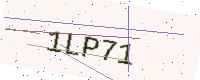
Text: 1LP71